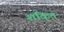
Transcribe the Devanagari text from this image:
शकि्त